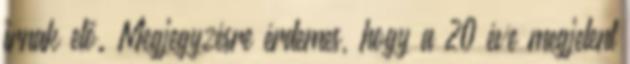
írnak elő. Megjegyzésre érdemes, hogy a 20 éve megjelent